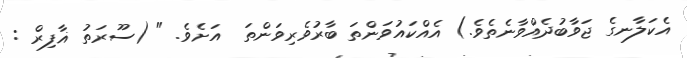
އެކަލާނގެ ޖަވާބުދެއްވާނެތެވެ.) އެއްކައުވަންތަ ބާރުވެރިވަންތަ  އަށެވެ. " (ސޫރަތު ޣާފިރް :